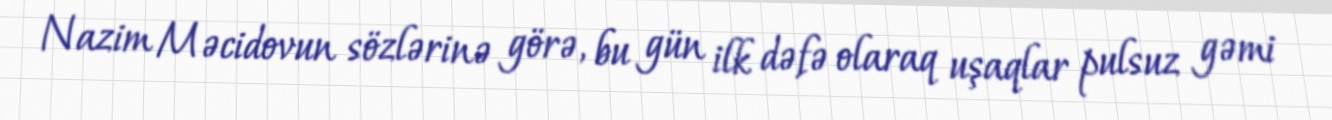
Nazim Məcidovun sözlərinə görə, bu gün ilk dəfə olaraq uşaqlar pulsuz gəmi